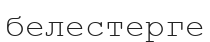
белестерге